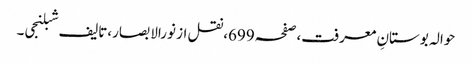
حوالہ بوستانِ معرفت،صفحہ699،نقل از نورالابصار،تالیف شبلنجی۔